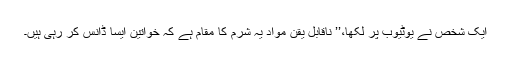
ایک شخص نے یوٹیوب پر لکھا،’’ ناقابل یقن مواد یہ شرم کا مقام ہے کہ خواتین ایسا ڈانس کر رہی ہیں۔